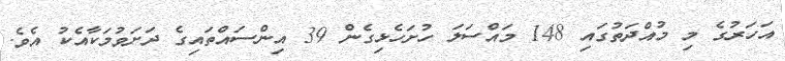
އަހަރުގެ މި މުއްދަތުގައި 148 މައްސަލަ ހުށަހެޅިގެން 39 އިންސައްތައިގެ ދަށަވުމަކާއެކު އެވެ.